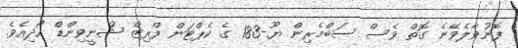
ފޮނުވާލެވޭނެ ގޮތް ވެސް ސަބްމެރިން ޔޫ-183 ގެ ކެޕްޓަން ފްރިޒް ޝްނީވިންޑް ހޯދިއެވެ.